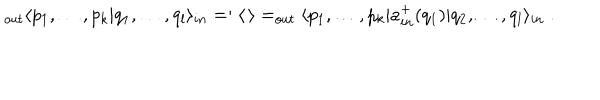
_ { o u t } \langle p _ { 1 } , \dots , p _ { k } | q _ { 1 } , \dots , q _ { l } \rangle _ { i n } = : \langle \, \rangle = _ { o u t } \langle p _ { 1 } , \dots , p _ { k } | a _ { i n } ^ { + } ( q _ { 1 } ) | q _ { 2 } , \dots , q _ { l } \rangle _ { i n } \; .